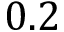
0 . 2